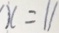
x = 1 1